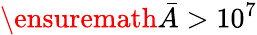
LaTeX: \ensuremath{\bar{A}}>10^{7}